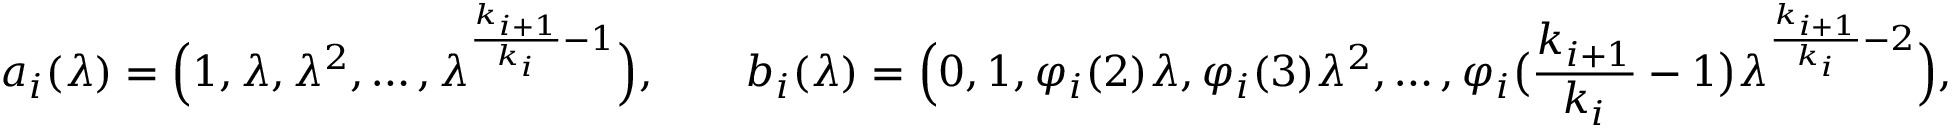
a _ { i } ( \lambda ) = \Big ( 1 , \lambda , \lambda ^ { 2 } , \ldots , \lambda ^ { \frac { k _ { i + 1 } } { k _ { i } } - 1 } \Big ) , \qquad b _ { i } ( \lambda ) = \Big ( 0 , 1 , \varphi _ { i } ( 2 ) \lambda , \varphi _ { i } ( 3 ) \lambda ^ { 2 } , \ldots , \varphi _ { i } \big ( \frac { k _ { i + 1 } } { k _ { i } } - 1 \big ) \lambda ^ { \frac { k _ { i + 1 } } { k _ { i } } - 2 } \Big ) ,